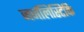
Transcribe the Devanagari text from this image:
जर्नलिस्टिकि